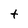
Character: t